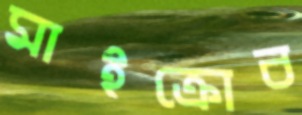
মাইক্রোব